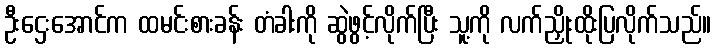
ဦးဌေးအောင်က ထမင်းစားခန်း တံခါးကို ဆွဲဖွင့်လိုက်ပြီး သူ့ကို လက်ညှိုးထိုးပြလိုက်သည်။